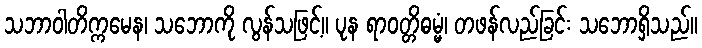
သဘာဝါတိက္ကမေန၊ သဘောကို လွန်သဖြင့်။ ပုန ရာဝတ္တိဓမ္မံ၊ တဖန်လည်ခြင်း သဘောရှိသည်။